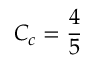
C _ { c } = \frac { 4 } { 5 }